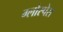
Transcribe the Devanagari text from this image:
ग्लोस्पेस